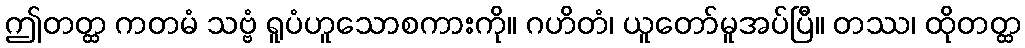
ဤတတ္ထ ကတမံ သဗ္ဗံ ရူပံဟူသောစကားကို။ ဂဟိတံ၊ ယူတော်မူအပ်ပြီ။ တဿ၊ ထိုတတ္ထ